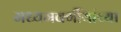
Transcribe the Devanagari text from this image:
मध्यमवर्गीयांच्या